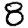
Digit: 8